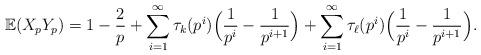
LaTeX: \begin{align*} \mathbb{E}(X_p Y_p) = 1-\frac{2}{p} + \sum_{i=1}^{\infty} \tau_k(p^i) \Big( \frac{1}{p^i} - \frac{1}{p^{i+1}} \Big) + \sum_{i=1}^{\infty} \tau_{\ell}(p^i) \Big( \frac{1}{p^i} - \frac{1}{p^{i+1}} \Big).\end{align*}